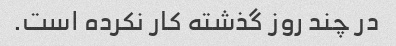
در چند روز گذشته کار نکرده است.